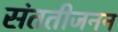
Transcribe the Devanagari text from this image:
संततीजनन